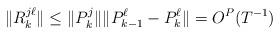
LaTeX: \begin{align*}\|R_{k}^{j\ell}\|\leq \| P_k^j\|\| P_{k-1}^\ell - P_{k}^\ell\|= O^P({T}^{-1}) \end{align*}